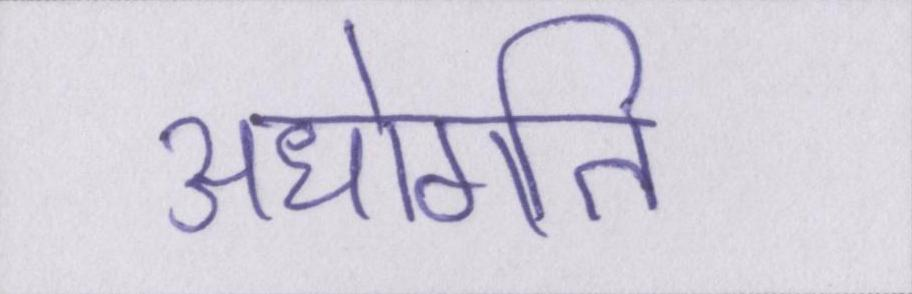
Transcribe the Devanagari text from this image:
अधोगति